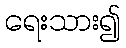
ရေးသား၍